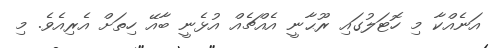
އަނެއްކާ މި ހޮޓަލުގައި ރޫޙާނީ އެއްޗެއް އުޅެނީ ބާއޭ ހިތަށް އެރިއެވެ. މި